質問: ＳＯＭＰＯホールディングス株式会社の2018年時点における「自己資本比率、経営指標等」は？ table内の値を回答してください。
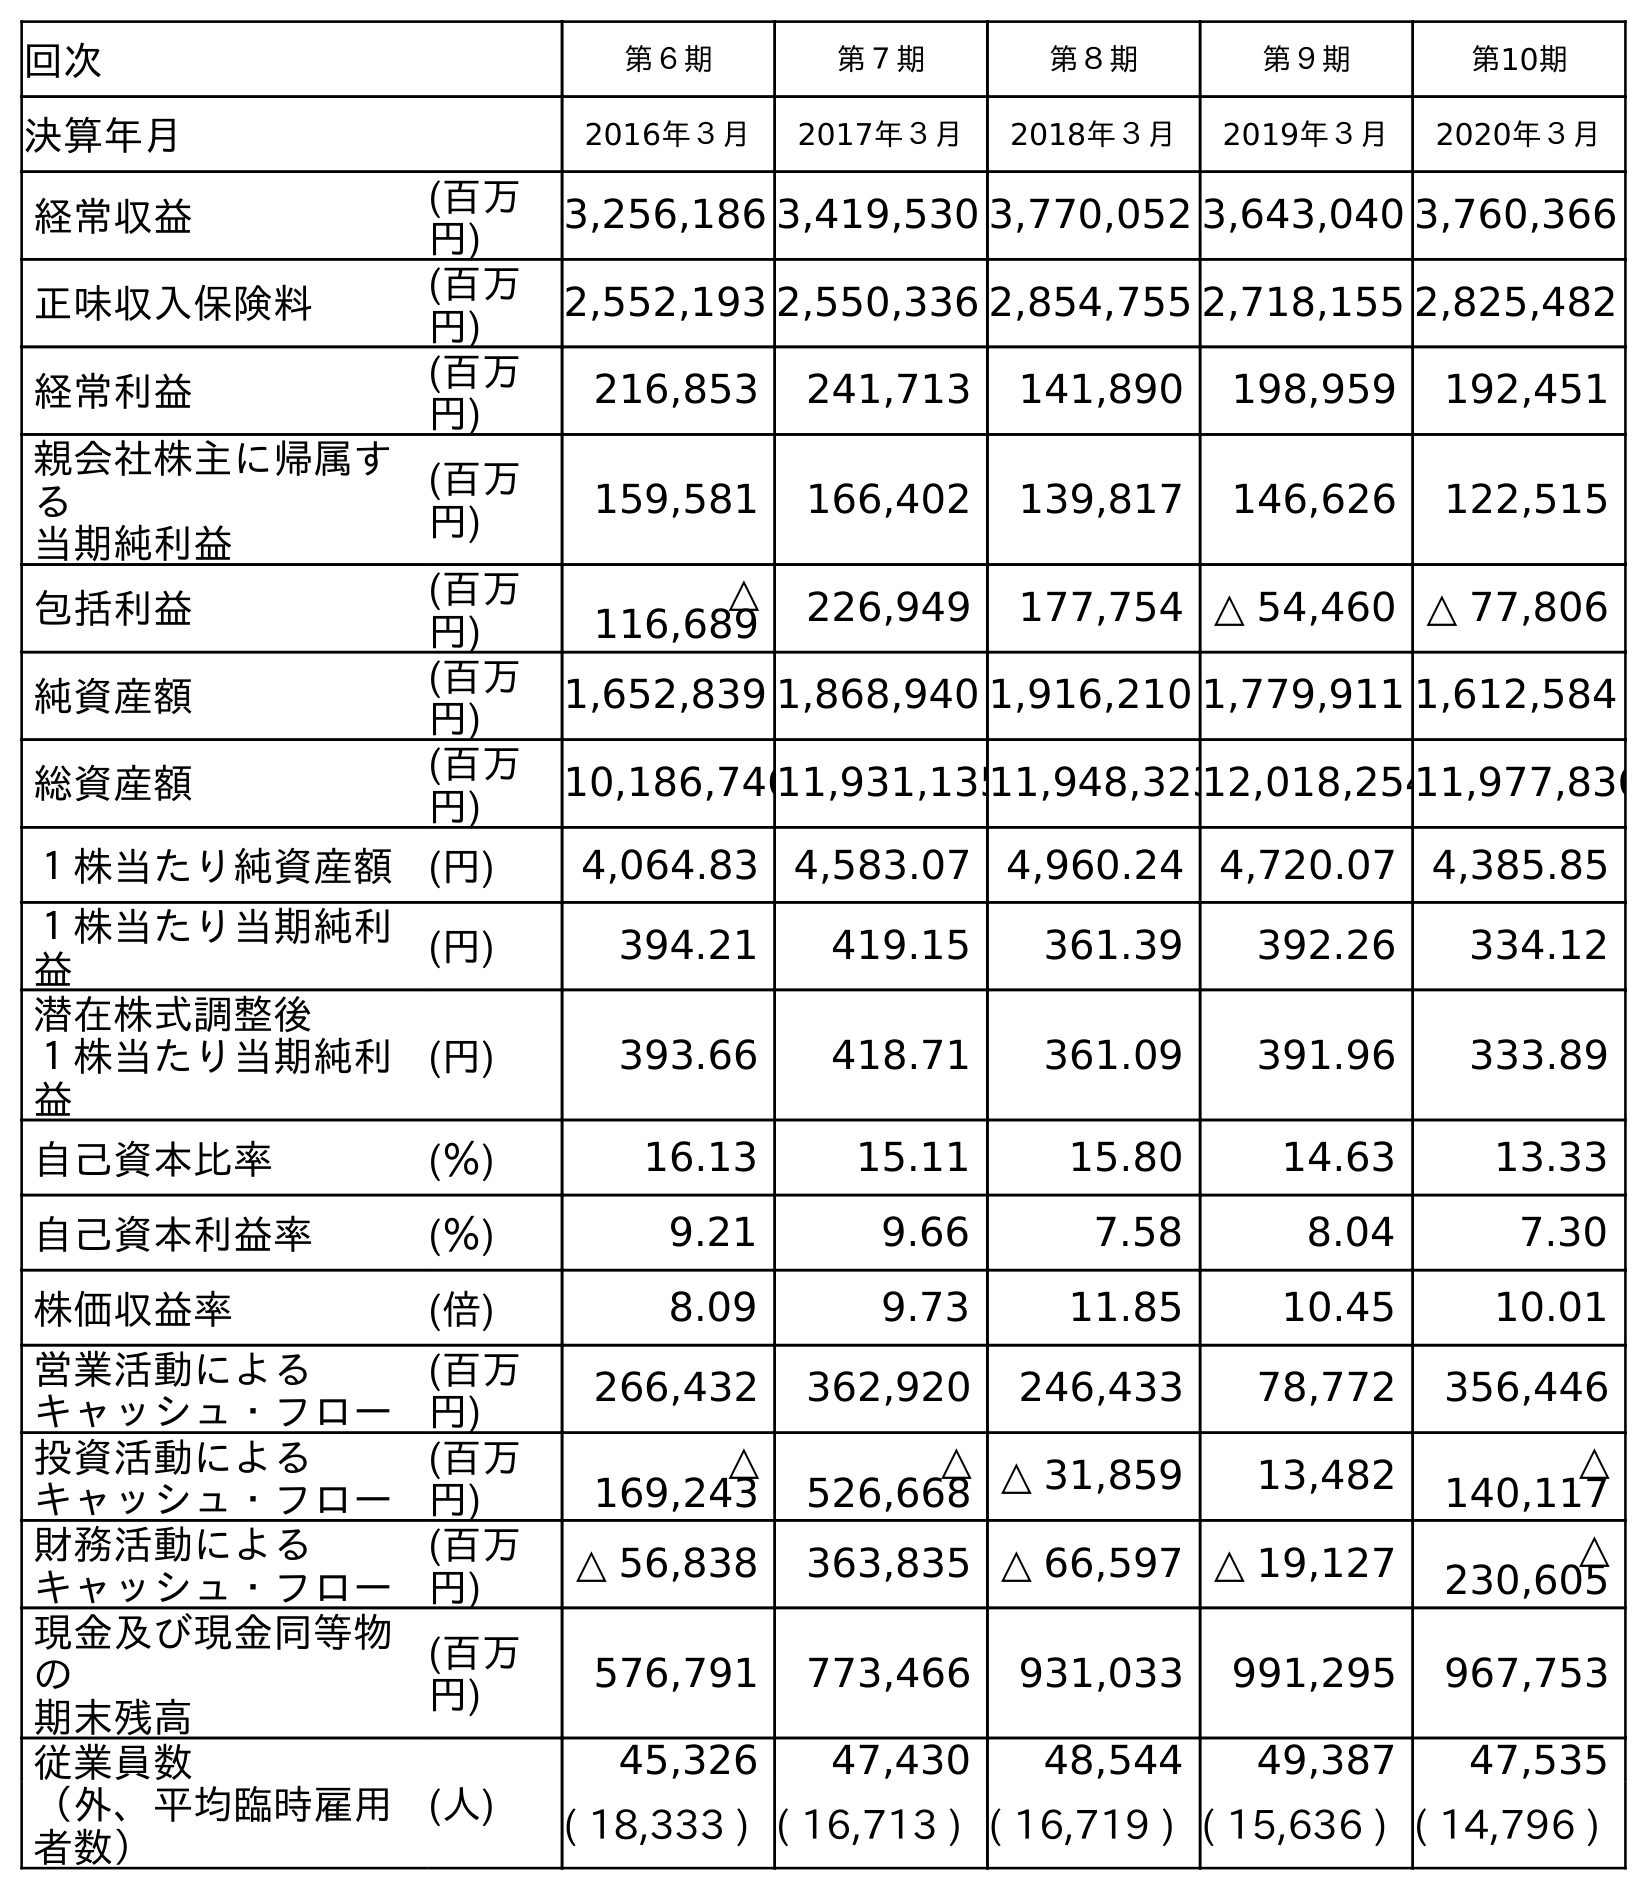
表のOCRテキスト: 回次 第６期 第７期 第８期 第９期 第10期 決算年月 2016年３月 2017年３月 2018年３月 2019年３月 2020年３月 経常収益 (百万 円) 3,256,186 3,419,530 3,770,052 3,643,040 3,760,366 正味収入保険料 (百万 円) 2,552,193 2,550,336 2,854,755 2,718,155 2,825,482 経常利益 (百万 円) 216,853 241,713 141,890 198,959 192,451 親会社株主に帰属す る 当期純利益 (百万 円) 159,581 166,402 139,817 146,626 122,515 包括利益 (百万 円) △ 116,689 226,949 177,754 △ 54,460 △ 77,806 純資産額 (百万 円) 1,652,839 1,868,940 1,916,210 1,779,911 1,612,584 総資産額 (百万 円) 10,186,74611,931,13511,948,32312,018,25411,977,836 １株当たり純資産額 (円) 4,064.83 4,583.07 4,960.24 4,720.07 4,385.85 １株当たり当期純利 益 (円) 394.21 419.15 361.39 392.26 334.12 潜在株式調整後 １株当たり当期純利 益 (円) 393.66 418.71 361.09 391.96 333.89 自己資本比率 (％) 16.13 15.11 15.80 14.63 13.33 自己資本利益率 (％) 9.21 9.66 7.58 8.04 7.30 株価収益率 (倍) 8.09 9.73 11.85 10.45 10.01 営業活動による キャッシュ・フロー (百万 円) 266,432 362,920 246,433 78,772 356,446 投資活動による キャッシュ・フロー (百万 円) △ 169,243 △ 526,668 △ 31,859 13,482 △ 140,117 財務活動による キャッシュ・フロー (百万 円) △ 56,838 363,835 △ 66,597 △ 19,127 △ 230,605 現金及び現金同等物 の 期末残高 (百万 円) 576,791 773,466 931,033 991,295 967,753 従業員数 (人) 45,326 47,430 48,544 49,387 47,535 （外、平均臨時雇用 者数） ( 18,333 ) ( 16,713 ) ( 16,719 ) ( 15,636 ) ( 14,796 )
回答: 15.80